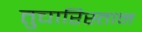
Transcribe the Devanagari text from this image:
तुचारिस्तान